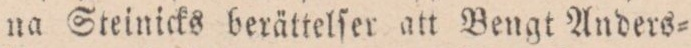
na Steinicks berättelſer att Bengt Anders=